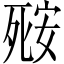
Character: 𬆘